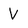
Character: V